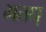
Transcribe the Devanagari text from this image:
भतध्